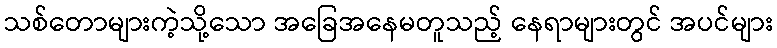
သစ်တောများကဲ့သို့သော အခြေအနေမတူသည့် နေရာများတွင် အပင်များ